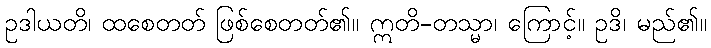
ဥဒါယတိ၊ ထစေတတ် ဖြစ်စေတတ်၏။ ဣတိ-တသ္မာ၊ ကြောင့်။ ဥဒိ၊ မည်၏။